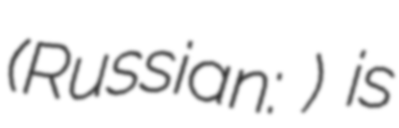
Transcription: (Russian: Пихтово) is